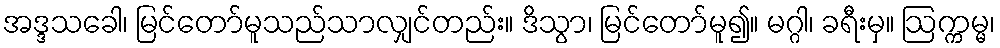
အဒ္ဒသခေါ၊ မြင်တော်မူသည်သာလျှင်တည်း။ ဒိသွာ၊ မြင်တော်မူ၍။ မဂ္ဂါ၊ ခရီးမှ။ ဩက္ကမ္မ၊